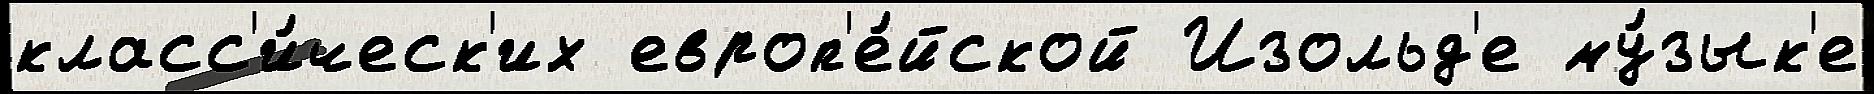
класс'и́ческ'их европ'е́йской Изольд'е му́зык'е